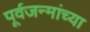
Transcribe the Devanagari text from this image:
पूर्वजन्मांच्या